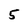
Character: 5